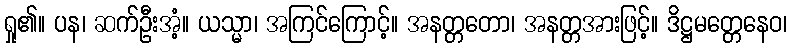
ရှု၏။ ပန၊ ဆက်ဦးအံ့။ ယသ္မာ၊ အကြင်ကြောင့်။ အနတ္တတော၊ အနတ္တအားဖြင့်။ ဒိဋ္ဌမတ္တေနေဝ၊